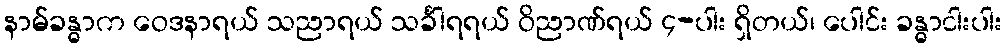
နာမ်ခန္ဓာက ဝေဒနာရယ် သညာရယ် သင်္ခါရရယ် ဝိညာဏ်ရယ် ၄-ပါး ရှိတယ်၊ ပေါင်း ခန္ဓာငါးပါး